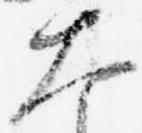
大